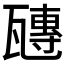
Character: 𤮍